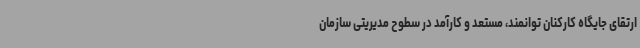
ارتقای جایگاه کارکنان توانمند، مستعد و کارآمد در سطوح مدیریتی سازمان